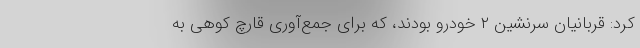
کرد: قربانیان سرنشین ۲ خودرو بودند، که برای جمع‌آوری قارچ کوهی به